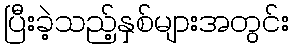
ပြီးခဲ့သည့်နှစ်များအတွင်း